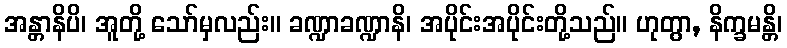
အန္တာနိပိ၊ အူတို့ သော်မှလည်း။ ခဏ္ဍာခဏ္ဍာနိ၊ အပိုင်းအပိုင်းတို့သည်။ ဟုတွာ, နိက္ခမန္တိ၊